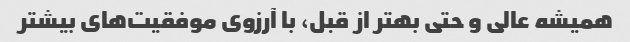
همیشه عالی و حتی بهتر از قبل، با آرزوی موفقیت‌های بیشتر